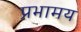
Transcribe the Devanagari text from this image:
प्रभामय